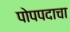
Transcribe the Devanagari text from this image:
पोपपदाचा